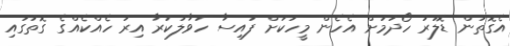
އެގޮތުން ޑޮލަރު ހޯދުމަށް އެހެން މީހަކަށް ފައިސާ ހަވާލުކުރާ އިރު ހެއްކެއްގެ ގޮތުގައި